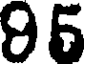
95